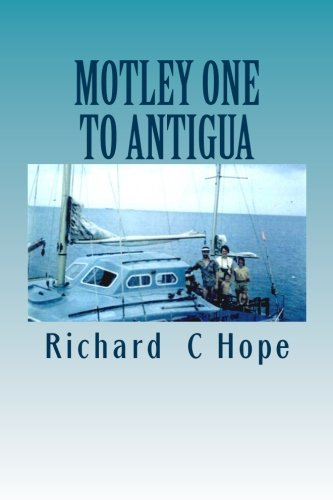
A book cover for MOTLEY ONE    To   ANTIGUA (Volume 2); Mr Richard C Hope; Travel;